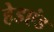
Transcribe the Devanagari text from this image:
हेडएंड